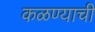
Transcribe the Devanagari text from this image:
कळण्याची